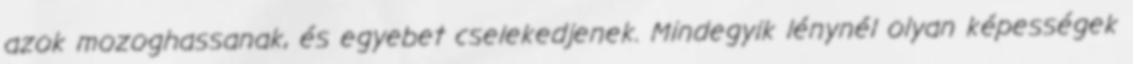
azok mozoghassanak, és egyebet cselekedjenek. Mindegyik lénynél olyan képességek